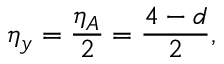
\eta _ { y } = \frac { \eta _ { A } } { 2 } = \frac { 4 - d } { 2 } ,